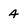
Character: 4